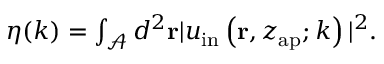
\begin{array} { r } { \eta ( k ) = \int _ { \mathcal { A } } d ^ { 2 } \mathbf { r } | u _ { \mathrm { i n } } \left( \mathbf { r } , z _ { \mathrm { a p } } ; k \right) | ^ { 2 } . } \end{array}